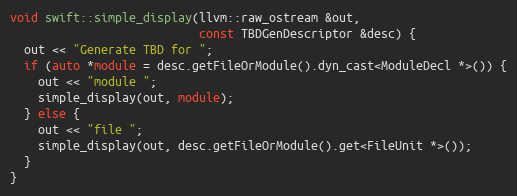
Language: C++
void swift::simple_display(llvm::raw_ostream &out,
                           const TBDGenDescriptor &desc) {
  out << "Generate TBD for ";
  if (auto *module = desc.getFileOrModule().dyn_cast<ModuleDecl *>()) {
    out << "module ";
    simple_display(out, module);
  } else {
    out << "file ";
    simple_display(out, desc.getFileOrModule().get<FileUnit *>());
  }
}